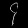
Digit: ၄